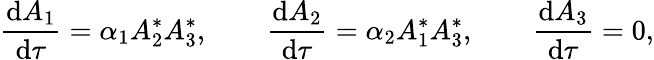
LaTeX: \frac{\mathrm{d}{A_{1}}}{\mathrm{d}{\tau}}=\alpha_{1}A_{2}^{*}A_{3}^{*},\qquad\frac{\mathrm{d}{A_{2}}}{\mathrm{d}{\tau}}=\alpha_{2}A_{1}^{*}A_{3}^{*},\qquad\frac{\mathrm{d}{A_{3}}}{\mathrm{d}{\tau}}=0,